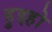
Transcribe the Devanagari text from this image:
हुइहो